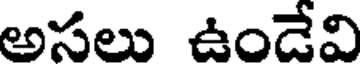
అసలు ఉండేవి